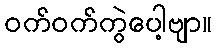
ဝက်ဝက်ကွဲပေါ့ဗျာ။